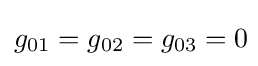
g_{01}=g_{02}=g_{03}=0\!